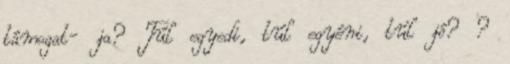
támogat- ja? Túl egyedi, túl egyéni, túl jó? ?